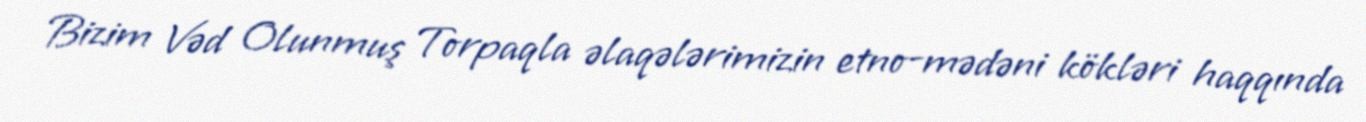
Bizim Vəd Olunmuş Torpaqla əlaqələrimizin etno-mədəni kökləri haqqında